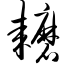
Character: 耱